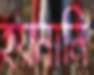
হয়নানি